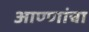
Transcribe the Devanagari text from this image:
आण्णांचा